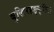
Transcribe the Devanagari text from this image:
बुद्धिरहङ्कृतिः।